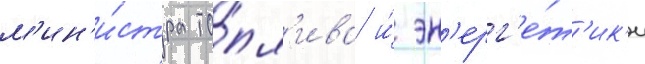
м'ин'и́стра то́пл'ива и́ эн'ерг'е́т'ик'и